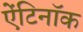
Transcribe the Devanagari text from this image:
ऐंटिनॉक